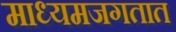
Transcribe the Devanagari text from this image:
माध्यमजगतात